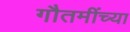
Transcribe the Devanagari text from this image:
गौतमींच्या